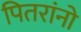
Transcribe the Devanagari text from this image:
पितरांनो